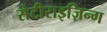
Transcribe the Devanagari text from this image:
सेटीराइज़िन्ग